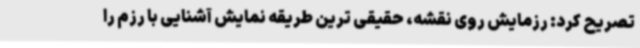
تصریح کرد: رزمایش روی نقشه، حقیقی ترین طریقه نمایش آشنایی با رزم را